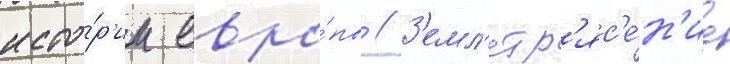
исто́р'ии евро́пы // З'емл'етр'яс'е́н'ие